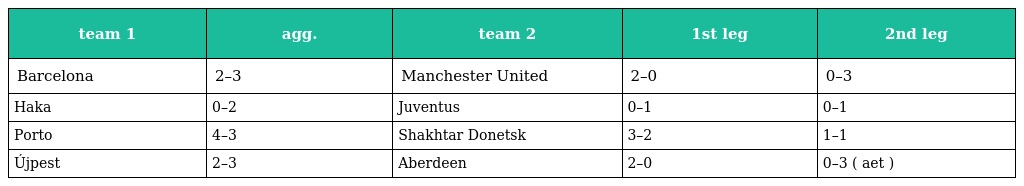
| team 1 | agg. | team 2 | 1st leg | 2nd leg |
 | --- | --- | --- | --- | --- |
 | Barcelona | 2–3 | Manchester United | 2–0 | 0–3 |
 | Haka | 0–2 | Juventus | 0–1 | 0–1 |
 | Porto | 4–3 | Shakhtar Donetsk | 3–2 | 1–1 |
 | Újpest | 2–3 | Aberdeen | 2–0 | 0–3 ( aet ) |